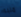
منبه